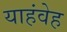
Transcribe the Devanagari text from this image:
याहंवेह